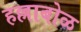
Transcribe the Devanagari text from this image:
हल्लाबोळ